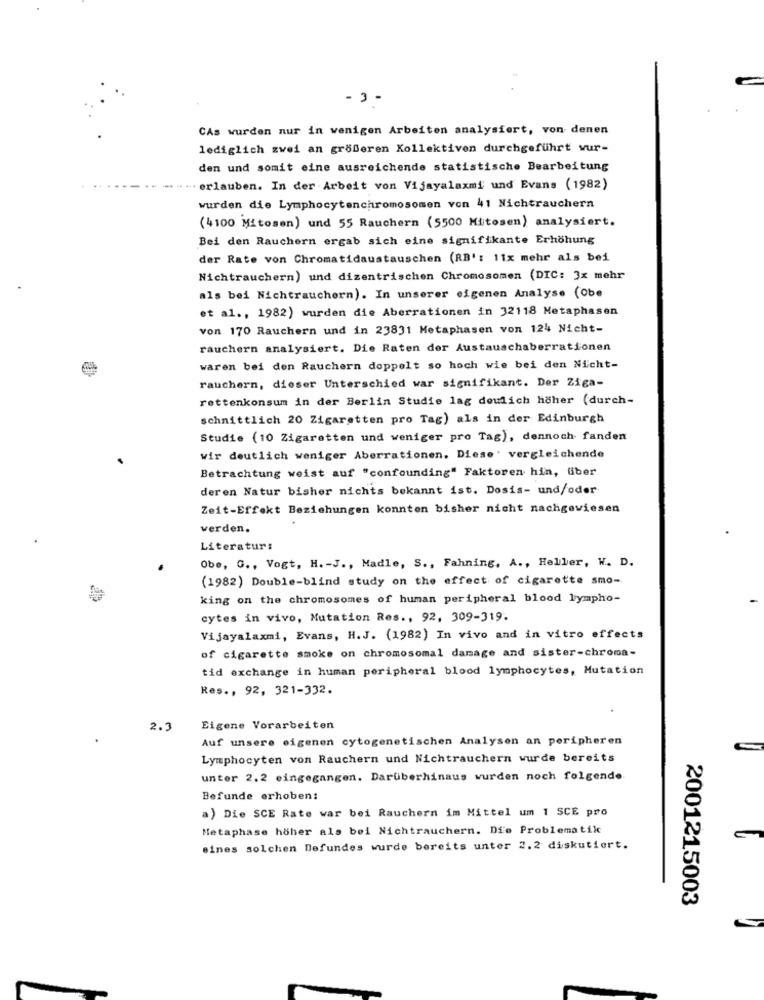
-3-
CAs wurden nur in wenigen Arbeiten analysiert, von denen
lediglich zwei an größeren Kollektiven durchgeführt wur-
den und somit eine ausreichende statistische Bearbeitung
erlauben. In der Arbeit von Vijayalaxmi und Evans (1982)
wurden die Lymphocytenchromosomen von 41 Nichtrauchern
(4100 Mitosen) und 55 Rauchern (5500 Mitosen) analysiert.
Bei den Rauchern ergab sich eine signifikante Erhöhung
der Rate von Chromatidaustauschen (RB' : 11x mehr als bei
Nichtrauchern) und dizentrischen Chromosomen (DIC: 3x mehr
als bei Nichtrauchern). In unserer eigenen Analyse (Obe
et al ., 1982) wurden die Aberrationen in 32118 Metaphasen
von 170 Rauchern und in 23831 Metaphasen von 124 Nicht-
rauchern analysiert. Die Raten der Austauschaberrationen
waren bei den Rauchern doppelt so hoch wie bei den Nicht-
rauchern, dieser Unterschied war signifikant. Der Ziga-
rettenkonsum in der Berlin Studie lag doulich höher (durch-
schnittlich 20 Zigaretten pro Tag) als in der Edinburgh
Studie (10 Zigaretten und weniger pro Tag), dennoch fanden
wir deutlich weniger Aberrationen. Diese' vergleichende
Betrachtung weist auf "confounding" Faktoren hin, über
deren Natur bisher nichts bekannt ist. Dosis- und/oder
Zeit-Effekt Beziehungen konnten bisher nicht nachgewiesen
verden.
Literatur:
Obe, G ., Vogt, H .- J ., Madle, S ., Fahning, A ., Heller, W. D.
(1982) Double-blind study on the effect of cigarette smo-
king on the chromosomes of human peripheral blood lympho-
cytes in vivo, Mutation Res ., 92, 309-319.
Vijayalaxmi, Evans, H.J. (1982) In vivo and in vitro effects
of cigarette smoke on chromosomal damage and sister-chroma-
tid exchange in human peripheral blood lymphocytes, Mutation
Res ., 92, 321-332.
2.3
Eigene Vorarbeiten
Auf unsere eigenen cytogenetischen Analysen an peripheren
Lymphocyten von Rauchern und Nichtrauchern wurde bereits
unter 2.2 eingegangen. Darüberhinaus wurden noch folgende
Befunde erhoben:
a) Die SCE Rate war bei Rauchern im Mittel um 1 SCE pro
Metaphase höher als bei Nichtrauchern. Die Problematik
eines solchen Befundes wurde bereits unter 2.2 diskutiert.
2001215003